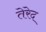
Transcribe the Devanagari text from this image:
तेरेद